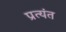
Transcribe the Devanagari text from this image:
प्रत्‍यंत